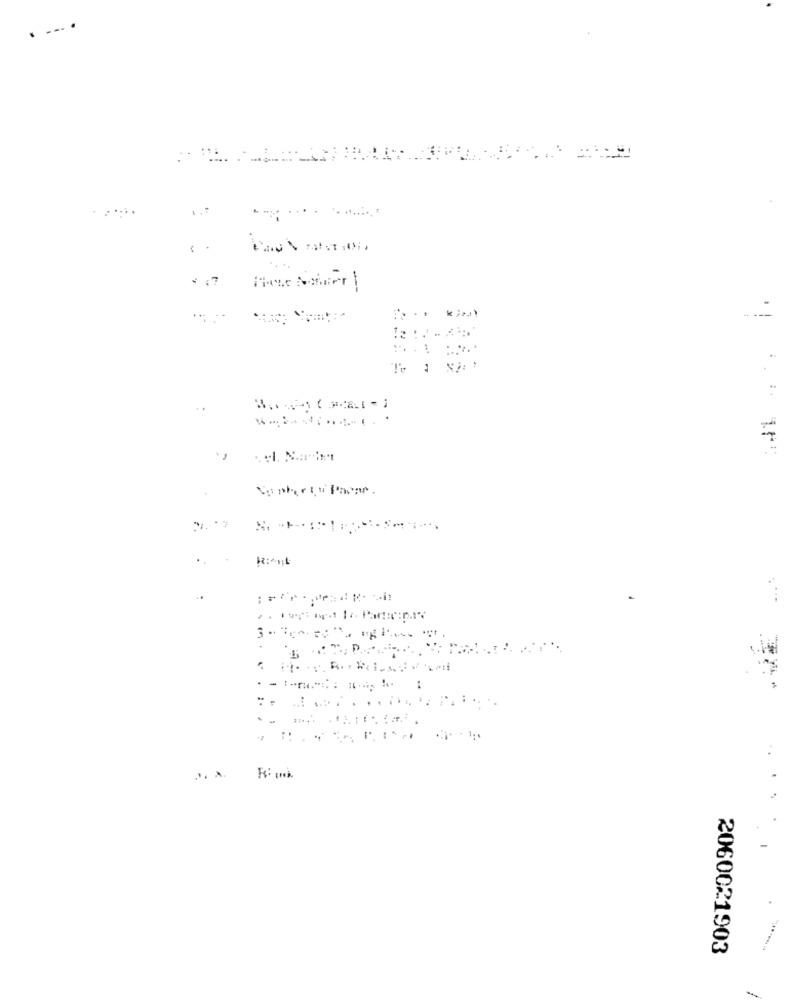
٠٠٠
. ..
..
و٠
...
...
..
R: 1.
2060021903